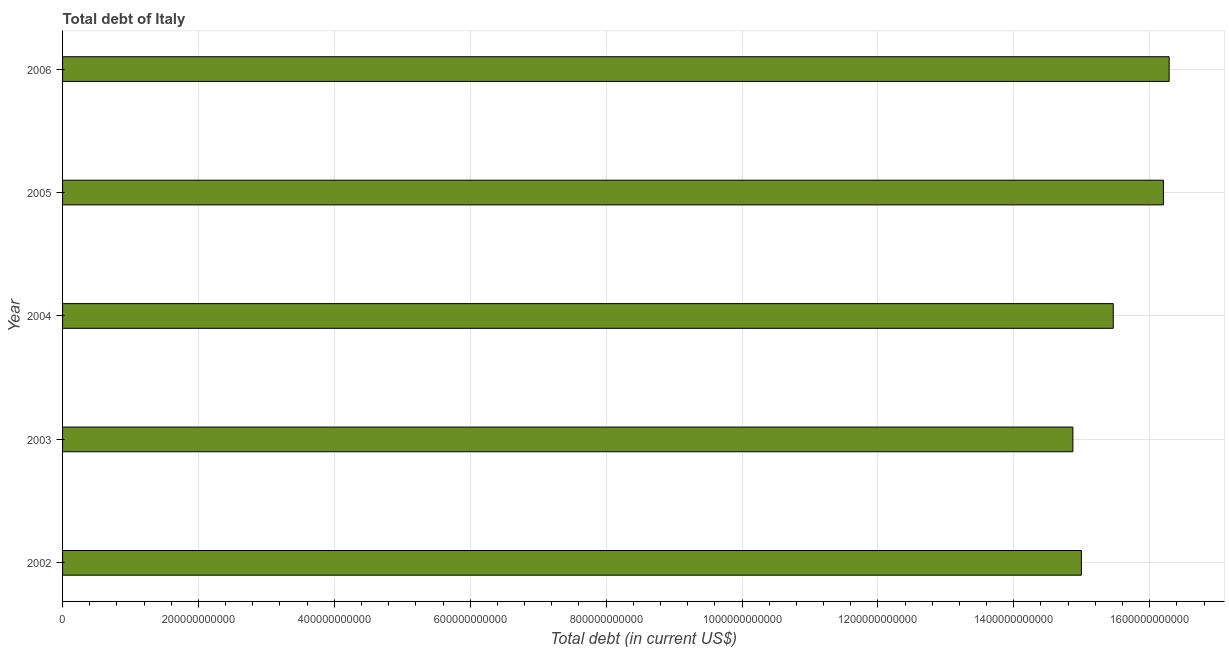
| Year | Central government debt |
 | --- | --- |
 | 2002 | 1.5e+12 |
 | 2003 | 1.49e+12 |
 | 2004 | 1.55e+12 |
 | 2005 | 1.62e+12 |
 | 2006 | 1.63e+12 |